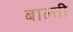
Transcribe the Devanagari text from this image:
बाल्ती